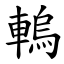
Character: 䡧